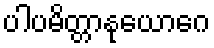
ပါပမိတ္တာနုယောဂေ